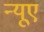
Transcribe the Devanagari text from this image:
न्‍यूए